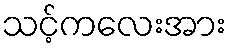
သင့်ကလေးအား